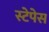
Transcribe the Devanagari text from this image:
स्टेपेस